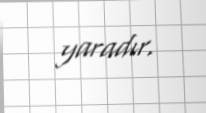
yaradır.